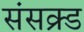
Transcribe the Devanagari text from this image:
संसक्र्ड